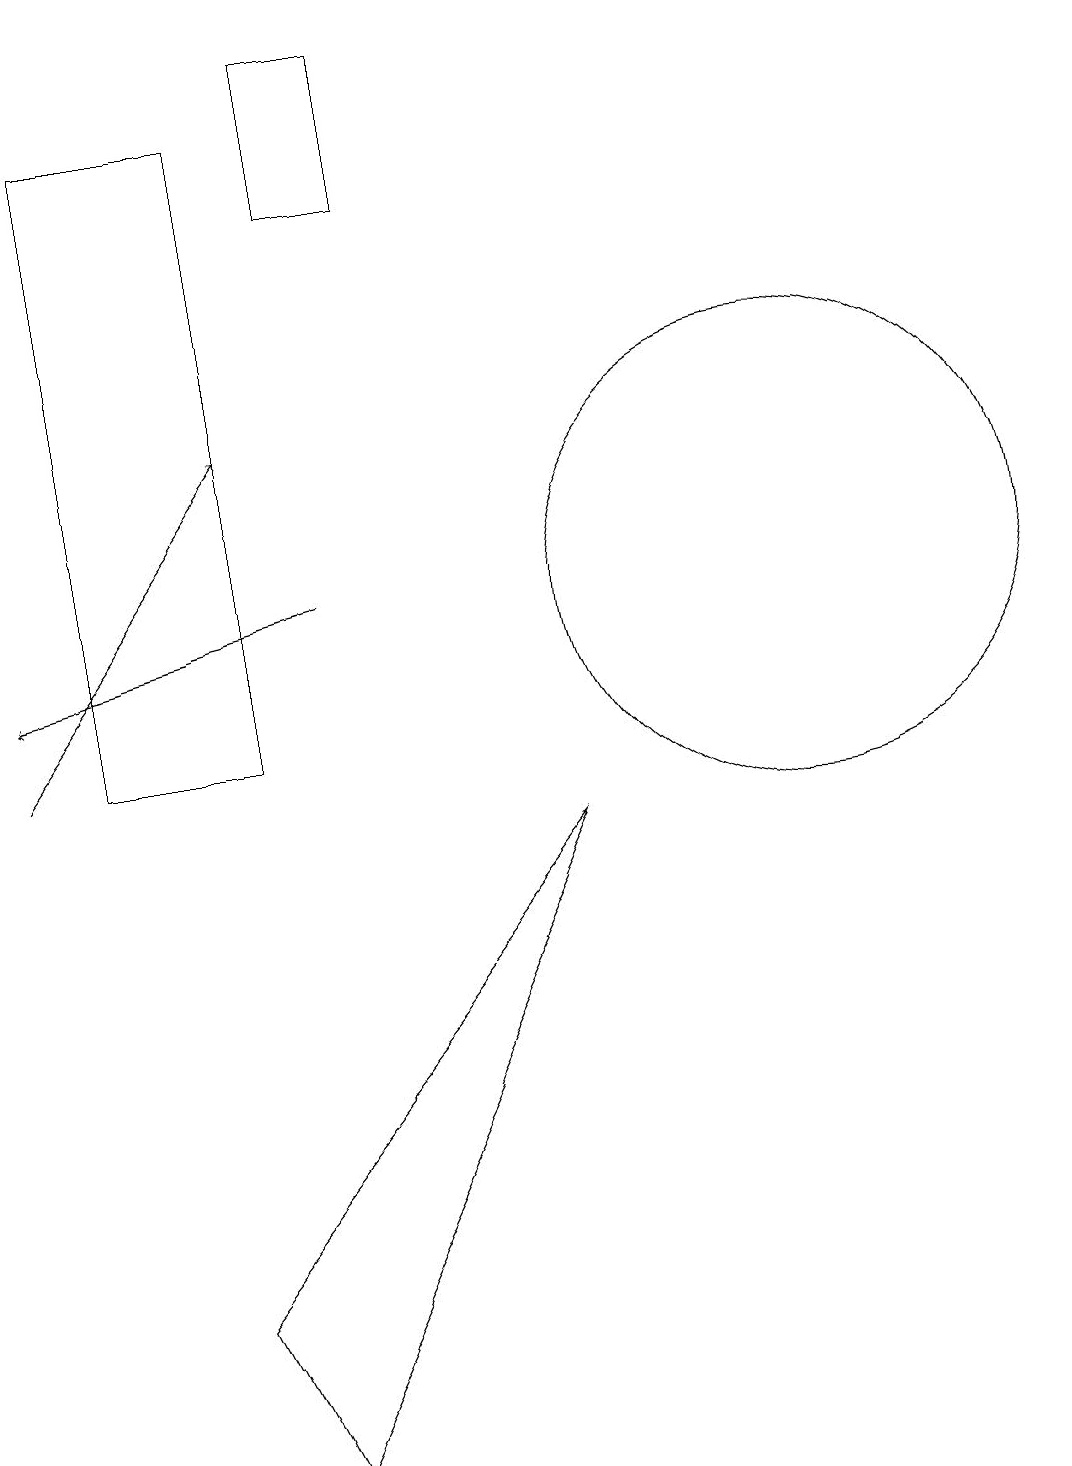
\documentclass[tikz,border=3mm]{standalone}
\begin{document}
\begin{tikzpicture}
\draw[->] (0,10) -- (3,14);
\draw (4,17) rectangle (5,19);
\draw (2,3) -- (3,1) -- (7,9) -- cycle;
\draw (10,12) circle (3);
\draw (3,18) rectangle (1,10);
\draw[->] (4,12) -- (0,11);
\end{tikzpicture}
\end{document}